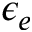
\epsilon _ { e }